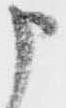
申